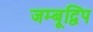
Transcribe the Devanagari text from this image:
जम्बूद्विप